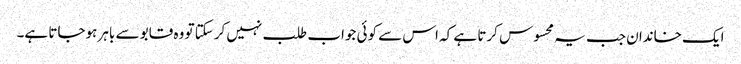
ایک خاندان جب یہ محسوس کرتا ہے کہ اس سے کوئی جواب طلب نہیں کرسکتا تو وہ قابو سے باہر ہوجاتا ہے۔